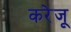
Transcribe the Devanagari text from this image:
करेजू